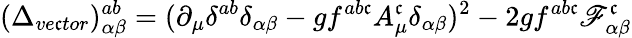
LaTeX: (\Delta_{ve\mathfrak{c}tor})_{\alpha\beta}^{ab}=(\partial_{\mu}\delta^{ab}\delta_{\alpha\beta}-gf^{ab\mathfrak{c}}A_{\mu}^{\mathfrak{c}}\delta_{\alpha\beta})^{2}-2gf^{ab\mathfrak{c}}\mathscr{F}_{\alpha\beta}^{\mathfrak{c}}